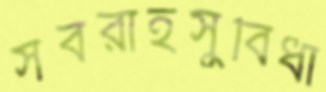
সবরাহসুবিধা